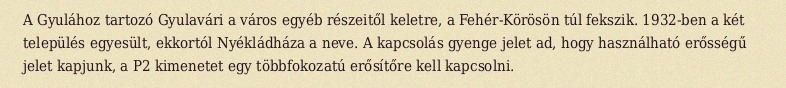
A Gyulához tartozó Gyulavári a város egyéb részeitől keletre, a Fehér-Körösön túl fekszik. 1932-ben a két település egyesült, ekkortól Nyékládháza a neve. A kapcsolás gyenge jelet ad, hogy használható erősségű jelet kapjunk, a P2 kimenetet egy többfokozatú erősítőre kell kapcsolni.